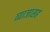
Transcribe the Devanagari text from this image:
व्याजासह